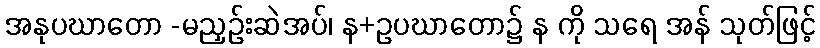
အနုပဃာတော -မညှဉ်းဆဲအပ်၊ န+ဥပဃာတော၌ န ကို သရေ အန် သုတ်ဖြင့်